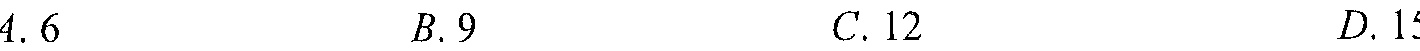
$4.6\quad B.9\quad C.12\quad D.15$